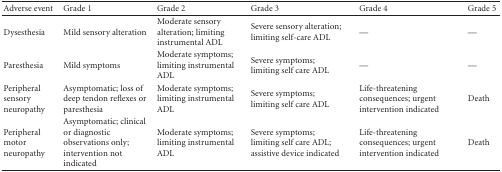
<table><thead><tr><td><b>Adverse event</b></td><td><b>Grade 1</b></td><td><b>Grade 2</b></td><td><b>Grade 3</b></td><td><b>Grade 4</b></td><td><b>Grade 5</b></td></tr></thead><tbody><tr><td>Dysesthesia</td><td>Mild sensory alteration</td><td>Moderate sensory alteration; limiting instrumental ADL</td><td>Severe sensory alteration; limiting self-care ADL</td><td>—</td><td>—</td></tr><tr><td>Paresthesia</td><td>Mild symptoms</td><td>Moderate symptoms; limiting instrumental ADL</td><td>Severe symptoms; limiting self care ADL</td><td>—</td><td>—</td></tr><tr><td>Peripheral sensory neuropathy</td><td>Asymptomatic; loss of deep tendon reflexes or paresthesia</td><td>Moderate symptoms; limiting instrumental ADL</td><td>Severe symptoms; limiting self care ADL</td><td>Life-threatening consequences; urgent intervention indicated</td><td>Death</td></tr><tr><td>Peripheral motor neuropathy</td><td>Asymptomatic; clinical or diagnostic observations only; intervention not indicated</td><td>Moderate symptoms; limiting instrumental ADL</td><td>Severe symptoms; limiting self care ADL; assistive device indicated</td><td>Life-threatening consequences; urgent intervention indicated</td><td>Death</td></tr></tbody></table>